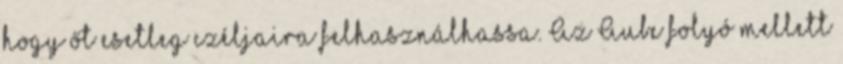
hogy őt esetleg czéljaira felhasználhassa. Az Aube folyó mellett